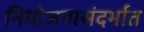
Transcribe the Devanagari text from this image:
नियोजनासंदर्भात